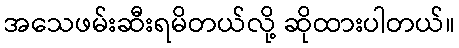
အသေဖမ်းဆီးရမိတယ်လို့ ဆိုထားပါတယ်။